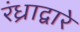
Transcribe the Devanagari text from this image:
रंध्राद्वारे